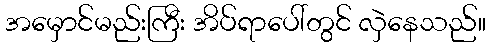
အမှောင်မည်းကြီး အိပ်ရာပေါ်တွင် လှဲနေသည်။